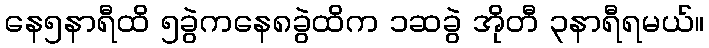
နေ၅နာရီထိ ၅ခွဲကနေ၈ခွဲထိက ၁ဆခွဲ အိုတီ ၃နာရီရမယ်။